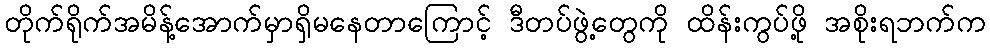
တိုက်ရိုက်အမိန့်အောက်မှာရှိမနေတာကြောင့် ဒီတပ်ဖွဲ့တွေကို ထိန်းကွပ်ဖို့ အစိုးရဘက်က